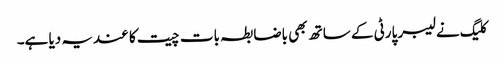
کلیگ نے لیبر پارٹی کے ساتھ بھی باضابطہ بات چیت کا عندیہ دیا ہے۔